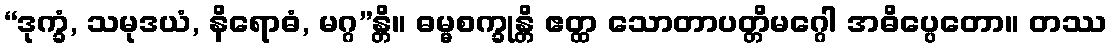
“ဒုက္ခံ, သမုဒယံ, နိရောဓံ, မဂ္ဂ”န္တိ။ ဓမ္မစက္ခုန္တိ ဧတ္ထ သောတာပတ္တိမဂ္ဂေါ အဓိပ္ပေတော။ တဿ